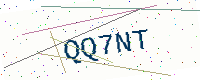
Text: QQ7NT